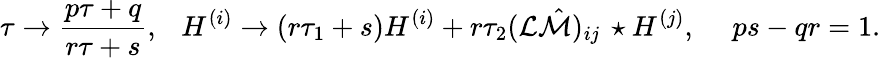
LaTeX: \tau\to{\frac{p\tau+q}{r\tau+s}},\ \ \ H^{(i)}\to(r\tau_{1}+s)H^{(i)}+r\tau_{2}({\cal L}\hat{\cal M})_{ij}\, \star H^{(j)},\ \ \ \ \ ps-qr=1.